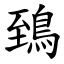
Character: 鵄